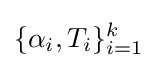
\{\alpha _{i},T_{i}\}_{i=1}^{k}